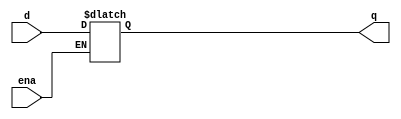
module top_module (
    input d, 
    input ena,
    output q);
	
    always @(ena) begin
        q = ena? d : q;
    end
endmodule